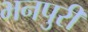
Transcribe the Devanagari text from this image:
भनपुरी